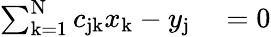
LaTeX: \begin{array}{rl}{\sum_{\mathrm{k}=1}^{\mathrm{N}}c_{\mathrm{jk}}x_{\mathrm{k}}-y_{\mathrm{j}}}&{{}=0}\end{array}